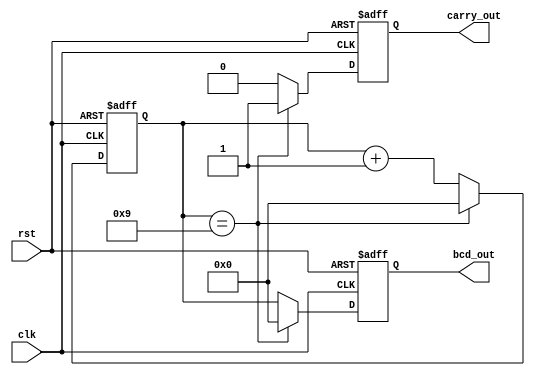
module bcd_counter (
    input wire clk,
    input wire rst,
    output reg [3:0] bcd_out,
    output reg carry_out
);

reg [3:0] count;

always @(posedge clk or posedge rst) begin
    if (rst) begin
        count <= 4'b0000;
        bcd_out <= 4'b0000;
        carry_out <= 1'b0;
    end else begin
        if (count == 4'b1001) begin
            count <= 4'b0000;
            bcd_out <= 4'b0000;
            carry_out <= 1'b1;
        end else begin
            count <= count + 4'b0001;
            bcd_out <= count;
            carry_out <= 1'b0;
        end
    end
end

endmodule